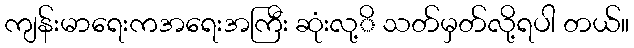
ကျန်းမာရေးကအရေးအကြီး ဆုံးလု့ိ သတ်မှတ်လို့ရပါ တယ်။